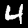
Label: 4